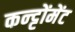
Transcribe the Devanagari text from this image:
कन्ट्टोंमेंट